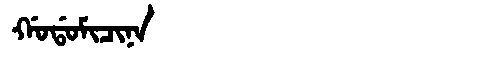
Manchu: ᡤᠣᡩᠣᠮᡳᠴᡳᠨᠠ
Romanization: GODOMICINA